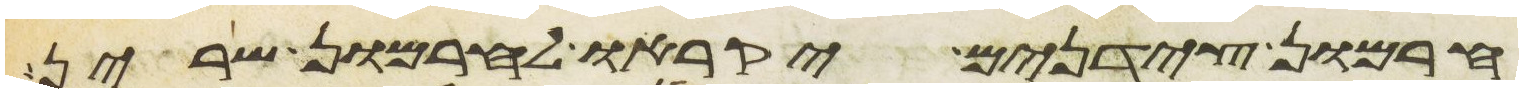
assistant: חרמון צידנים יקראו לחרמון שרין